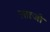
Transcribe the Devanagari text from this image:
लफ़्जो